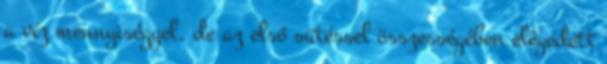
a víz mennyiséggel, de az első sütéssel összességében elégedett